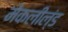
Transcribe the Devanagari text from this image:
मेकलील्ंड